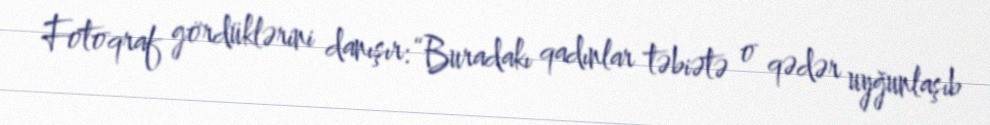
Fotoqraf gördüklərini danışır: “Buradakı qadınlar təbiətə o qədər uyğunlaşıb